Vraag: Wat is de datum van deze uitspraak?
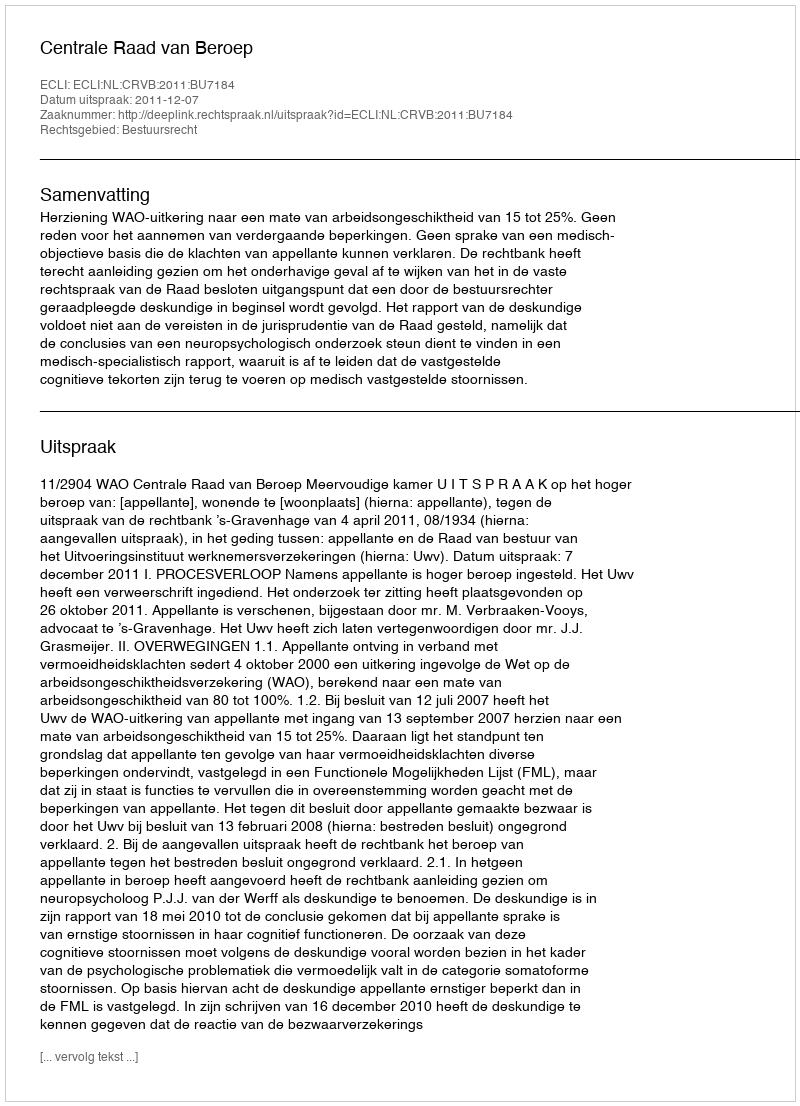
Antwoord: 2011-12-07